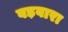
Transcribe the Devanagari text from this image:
बड़वारा